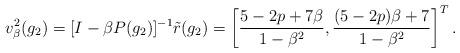
LaTeX: \begin{align*} v_\beta^2(g_2)=[I-\beta P(g_2)]^{-1}\tilde{r}(g_2)=\left[\frac{5-2p+7\beta}{1-\beta^2},\frac{(5-2p)\beta+7}{1-\beta^2}\right]^T.\end{align*}